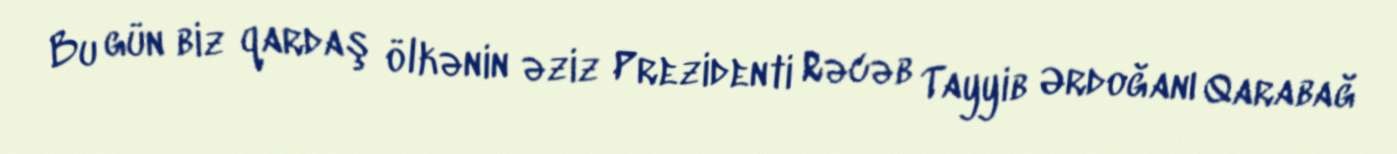
Bu gün biz qardaş ölkənin əziz Prezidenti Rəcəb Tayyib Ərdoğanı Qarabağ